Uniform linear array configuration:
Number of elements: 16
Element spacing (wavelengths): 1
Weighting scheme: hamming
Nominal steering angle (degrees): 0
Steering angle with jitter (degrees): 0.5775
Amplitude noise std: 0.05
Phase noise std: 0.05

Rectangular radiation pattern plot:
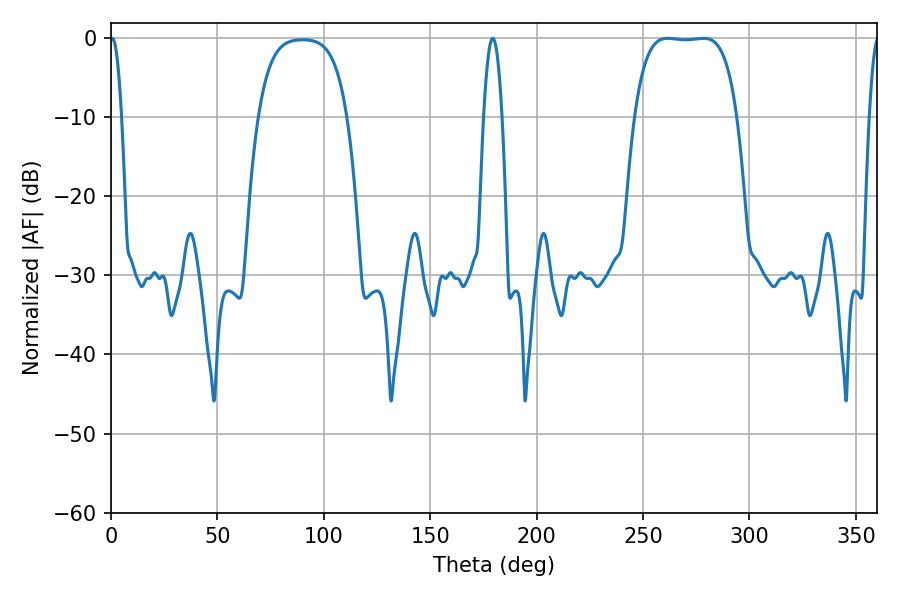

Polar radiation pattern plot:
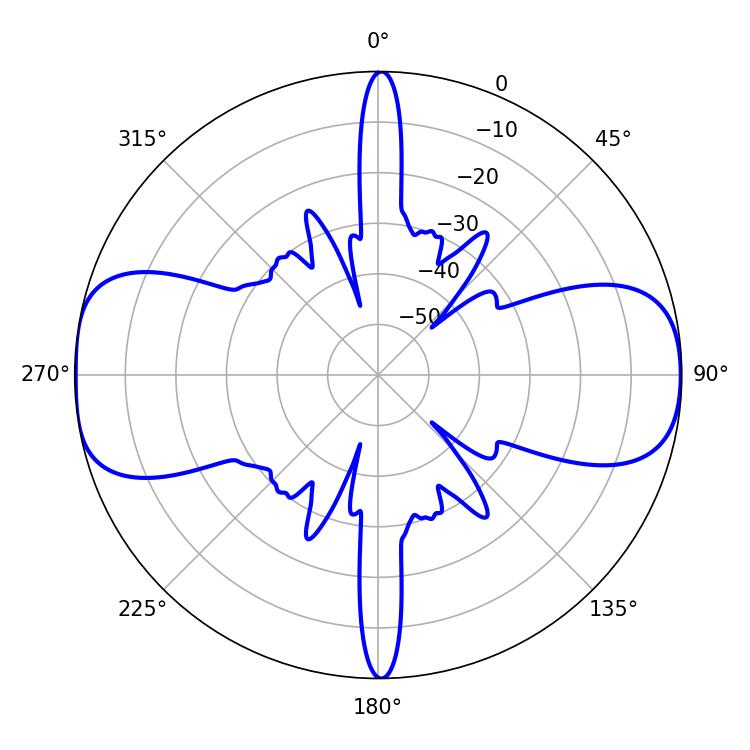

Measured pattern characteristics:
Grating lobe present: TRUE
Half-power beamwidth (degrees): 37.44
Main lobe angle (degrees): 261.54